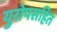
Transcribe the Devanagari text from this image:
युरोपसहित